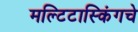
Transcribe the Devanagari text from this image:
मल्टिटास्किंगचे